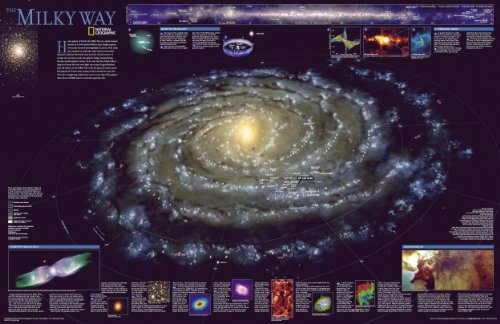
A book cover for The Milky Way [Tubed] (National Geographic Reference Map); National Geographic Maps - Reference; Reference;